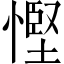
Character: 慳